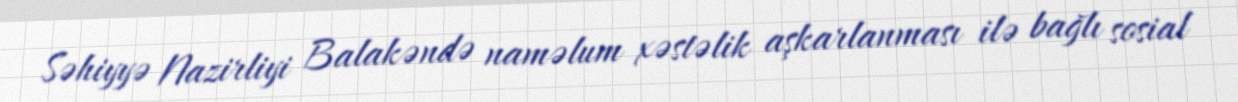
Səhiyyə Nazirliyi Balakəndə naməlum xəstəlik aşkarlanması ilə bağlı sosial